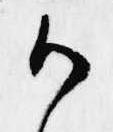
御